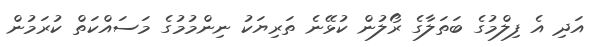
އަދި އެ ފިލްމުގެ ބަތަލާގެ ރޯލުން ކުޅޭނެ ތަރިޔަކު ނިންމުމުގެ މަސައްކަތް ކުރަމުން